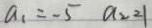
a _ { 1 } = - 5 a _ { 2 } = 1